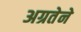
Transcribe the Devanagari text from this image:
अग्रतेने